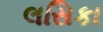
લસિકા